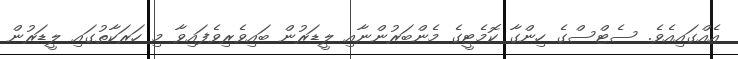
އެއްގައިއެވެ. ސެޓްސްގެ ހިންގާ ކޮމެޓީގެ މެންބަރުންނާއި ލީޑަރުން ބައިވެރިވެފައިވާ މި ހަރަކާތުގައި ލީޑަރުން